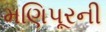
મણિપૂરની